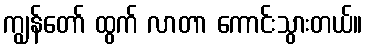
ကျွန်တော် ထွက် လာတာ ကောင်းသွားတယ်။